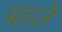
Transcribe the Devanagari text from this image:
प्राते